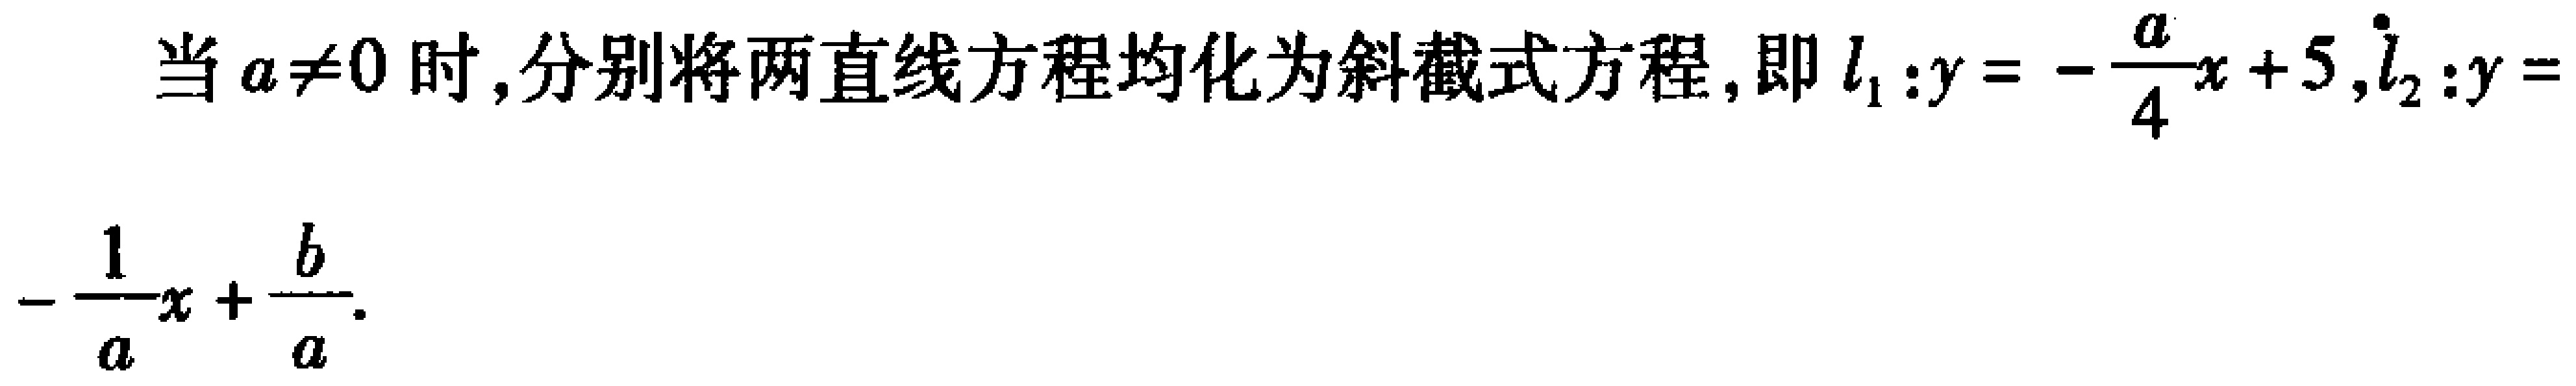
当 \(a \neq 0\) 时,分别将两直线方程均化为斜截式方程,即 \(l_{1}:y = -\frac{a}{4}x + 5\),\(l_{2}:y = -\frac{1}{a}x+\frac{b}{a}\).